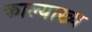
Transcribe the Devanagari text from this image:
काल्याख्य